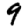
Digit: 9